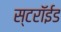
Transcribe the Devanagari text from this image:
स्टरॉईड